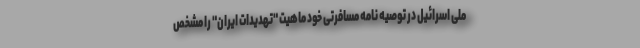
ملی اسرائیل در توصیه نامه مسافرتی خود ماهیت "تهدیدات ایران" را مشخص